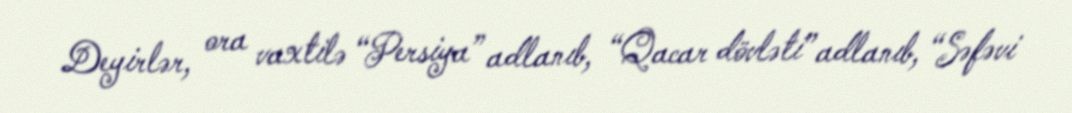
Deyirlər, ora vaxtilə “Persiya” adlanıb, “Qacar dövləti” adlanıb, “Səfəvi